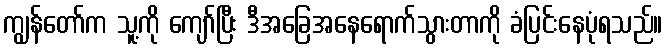
ကျွန်တော်က သူ့ကို ကျော်ပြီး ဒီအခြေအနေရောက်သွားတာကို ခံပြင်းနေပုံရသည်။